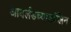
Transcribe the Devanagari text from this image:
आयर्लंडच्याडब्लिन